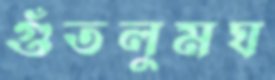
গুঁতলুমঘ